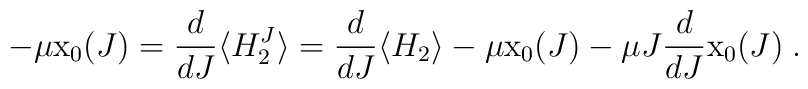
-\mu {\rm x}_0 (J) = \frac{d}{dJ} \langle H^J_2 \rangle =\frac{d}{dJ} \langle H_2 \rangle - \mu {\rm x}_0(J)-\mu J \frac{d}{dJ} {\rm x}_0(J) \; .